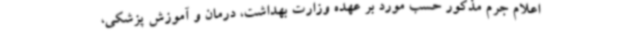
اعلام جرم مذکور حسب مورد بر عهده وزارت بهداشت، درمان و آموزش پزشکی،